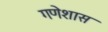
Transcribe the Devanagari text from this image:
गणेशास